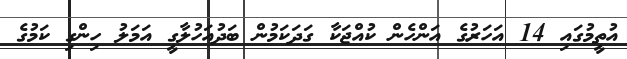
އުތީމުގައި 14 އަހަރުގެ އަންހެން ކުއްޖަކާ ގަދަކަމުން ބަދުއަހުލާގީ އަމަލު ހިންގި ކަމުގެ